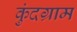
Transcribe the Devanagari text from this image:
कुंदग्राम